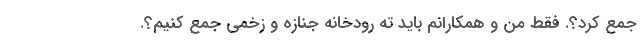
جمع کرد؟. فقط من و همکارانم باید ته رودخانه جنازه و زخمی جمع کنیم؟.